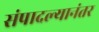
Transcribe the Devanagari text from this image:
संपादल्यानंतर